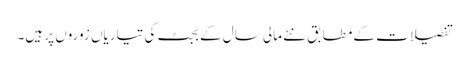
تفصیلات کے مطابق نئے مالی سال کے بجٹ کی تیاریاں زوروں پر ہیں۔